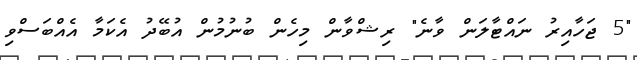
"5 ޖަހާއިރު ނައްޓާލަން ވާނެ" ރިޝްވާން މިހެން ބުނުމުން އުބޭދު އެކަމާ އެއްބަސްވި